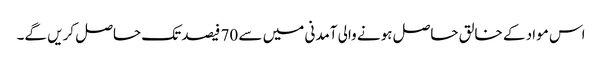
اس مواد کے خالق حاصل ہونے والی آمدنی میں سے 70 فیصد تک حاصل کریں گے۔